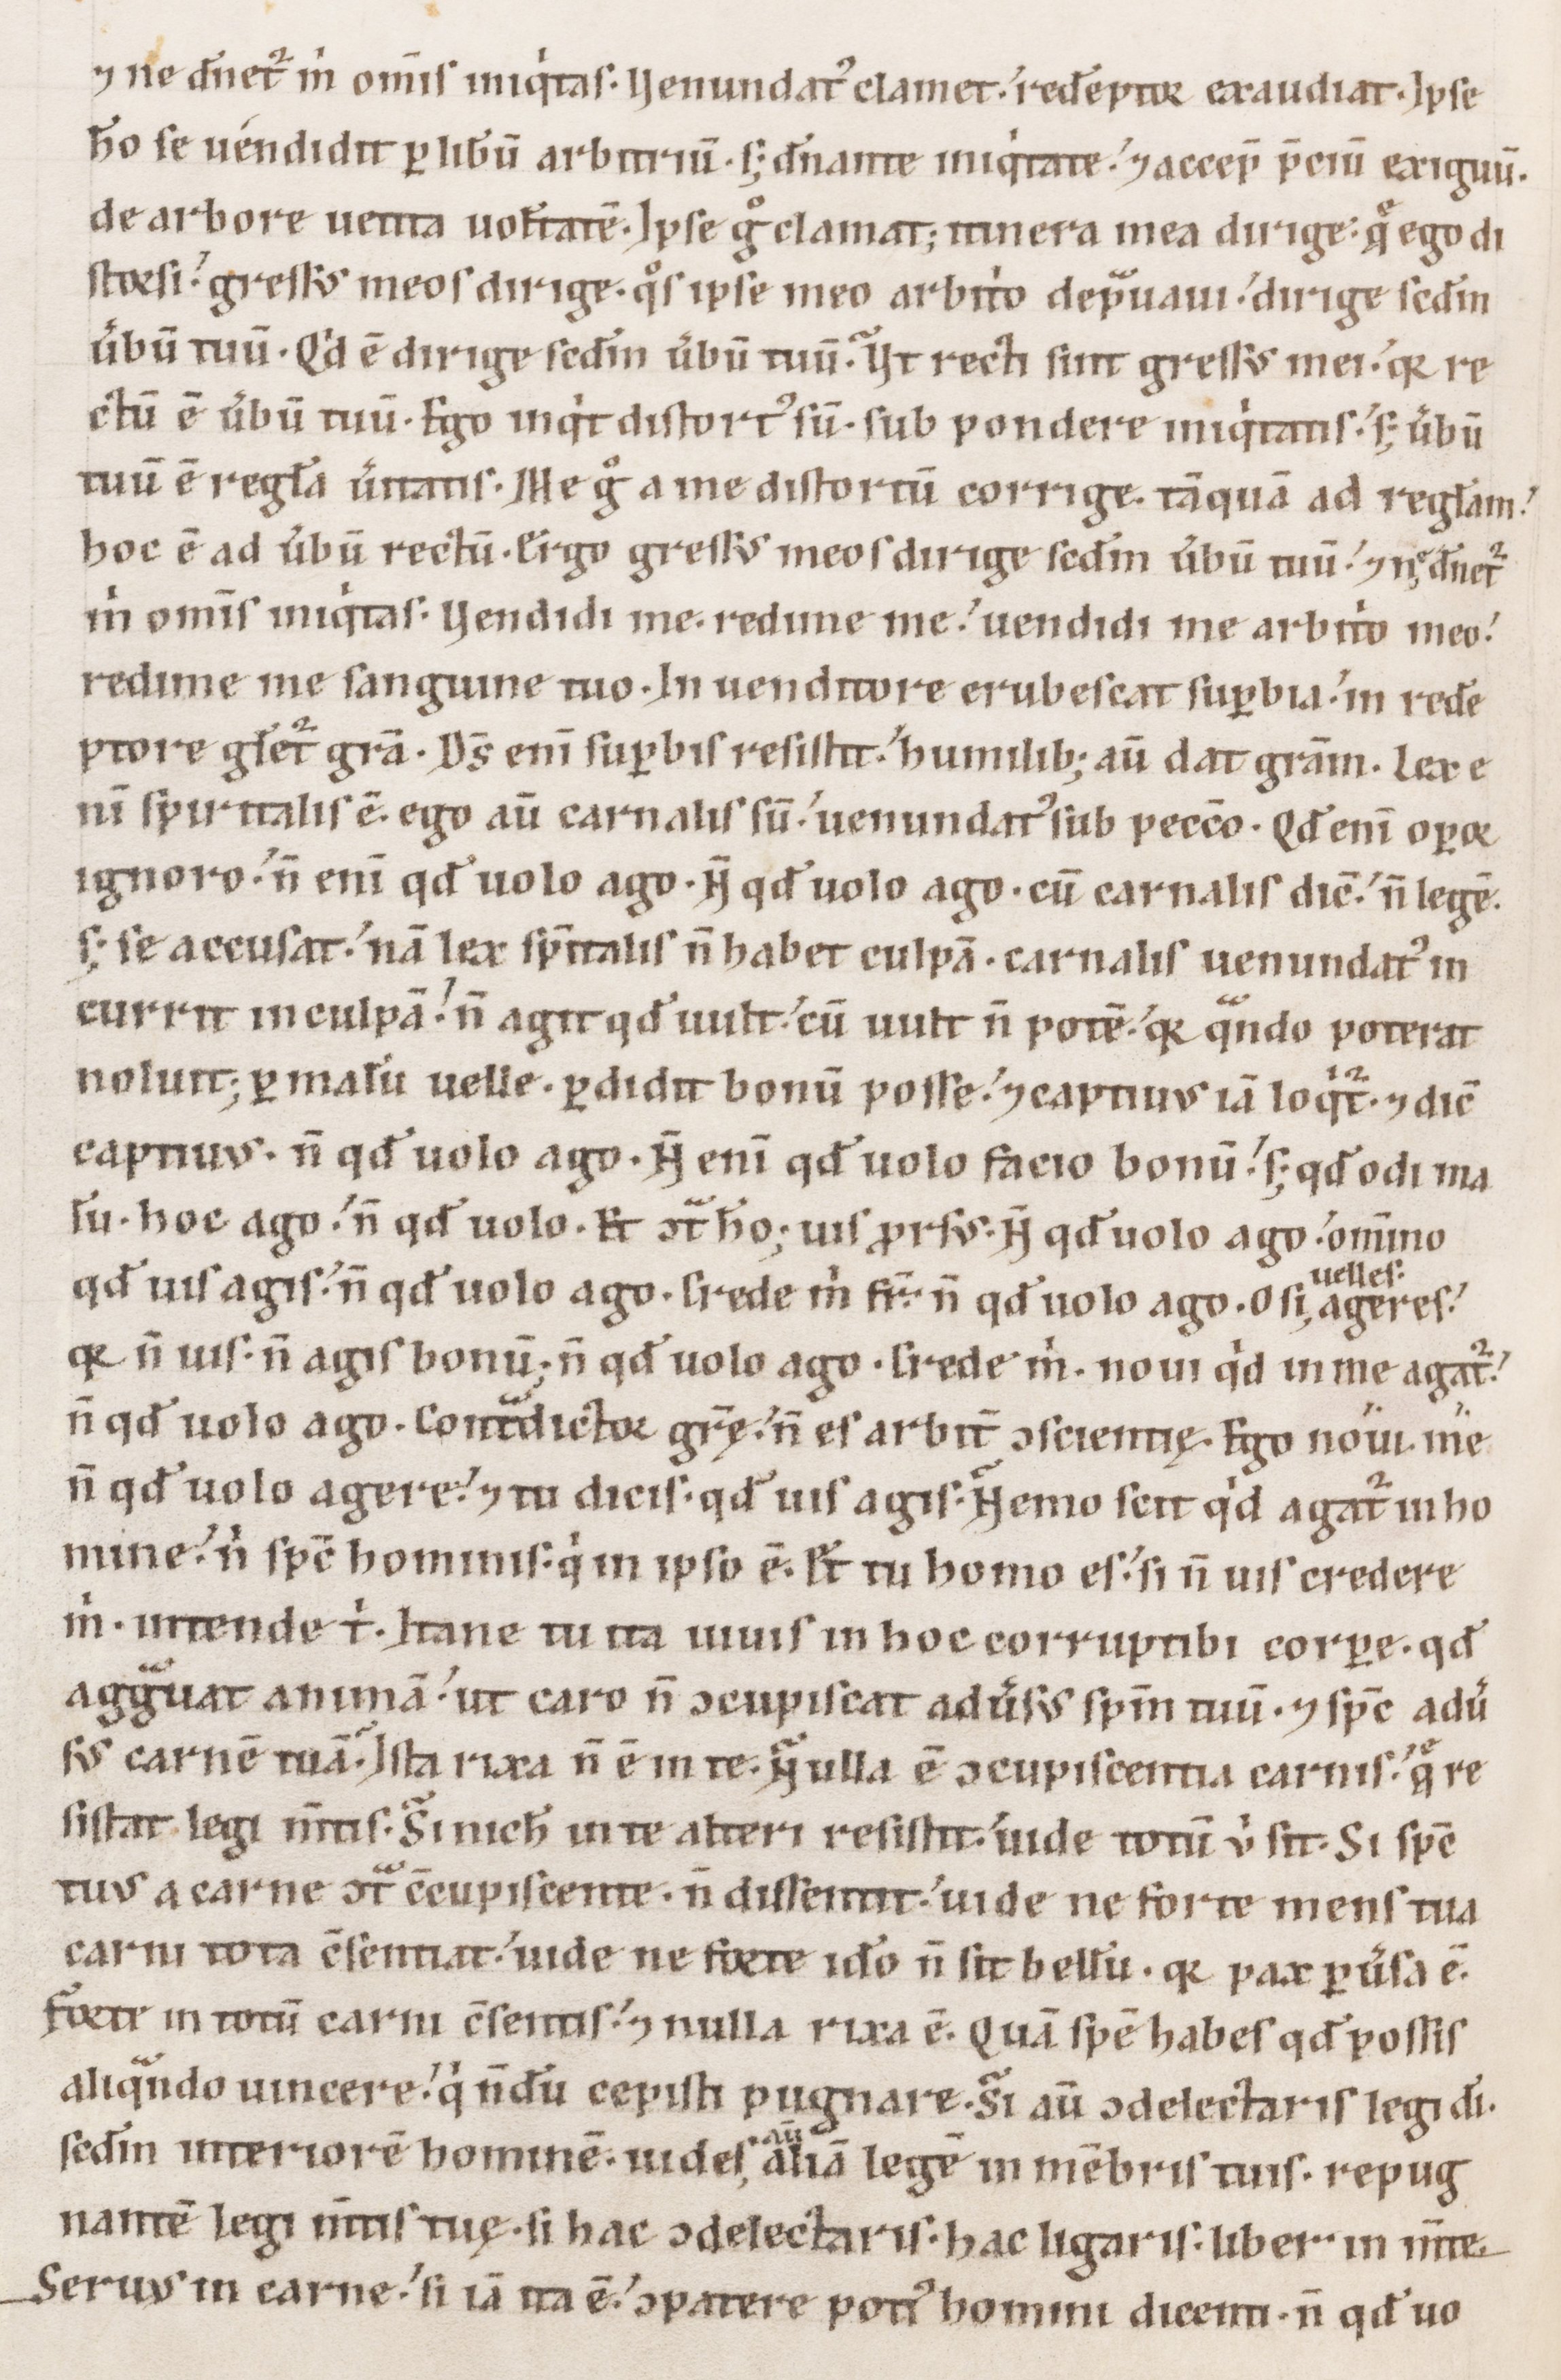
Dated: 1100–1199